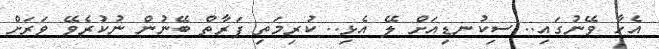
އެހާ ވޭނުގައި.. ސިކުނޑިއަށް ލޭ އެޅި.. ކުރިމަތި ފަރާތް ބޭނުން ނުކުރެވޭ ވަރަށް